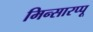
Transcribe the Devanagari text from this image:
मिन्सारप्पू